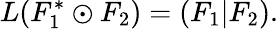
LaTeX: L(F_{1}^{*}\odot F_{2})=(F_{1}|F_{2}).